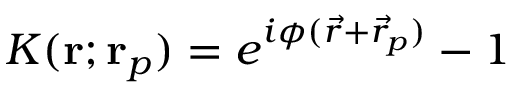
K ( \mathbf { r } ; \mathbf { r } _ { p } ) = e ^ { i \phi ( \vec { r } + \vec { r } _ { p } ) } - 1